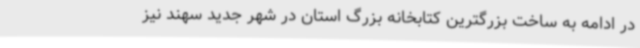
در ادامه به ساخت بزرگترین کتابخانه بزرگ استان در شهر جدید سهند نیز